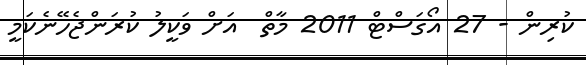
ކުރިން - 27 އޯގަސްޓް 2011 މާތް  އަށް ވަކީލު ކުރަންޖެހޭނެކަމީ